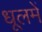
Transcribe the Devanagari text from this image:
धूलमें